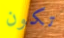
تكون